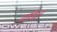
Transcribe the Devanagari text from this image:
गणिज्ञ